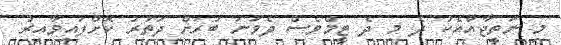
މި ނަތީޖާއާއެކު ދެ މި ދެ ޓީމްވެސް ދެވަނަ ބުރަށް ދަތުުރު ކޮށްފައިވާއިރު